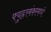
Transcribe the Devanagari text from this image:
फ्युह्ररबंकरमध्ये